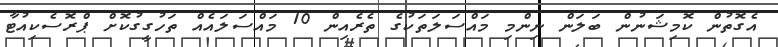
އެގޮތުން ކޮމިޝަނުން ބަލަން ނިންމި މައްސަލަތަކުގެ ތެރެއިން 10 މައްސަލައެއް ތަހުގީގުކޮށް ޕްރޮސެކިއުޓާ